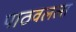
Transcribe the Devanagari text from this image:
पाठवलला